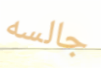
جالسه